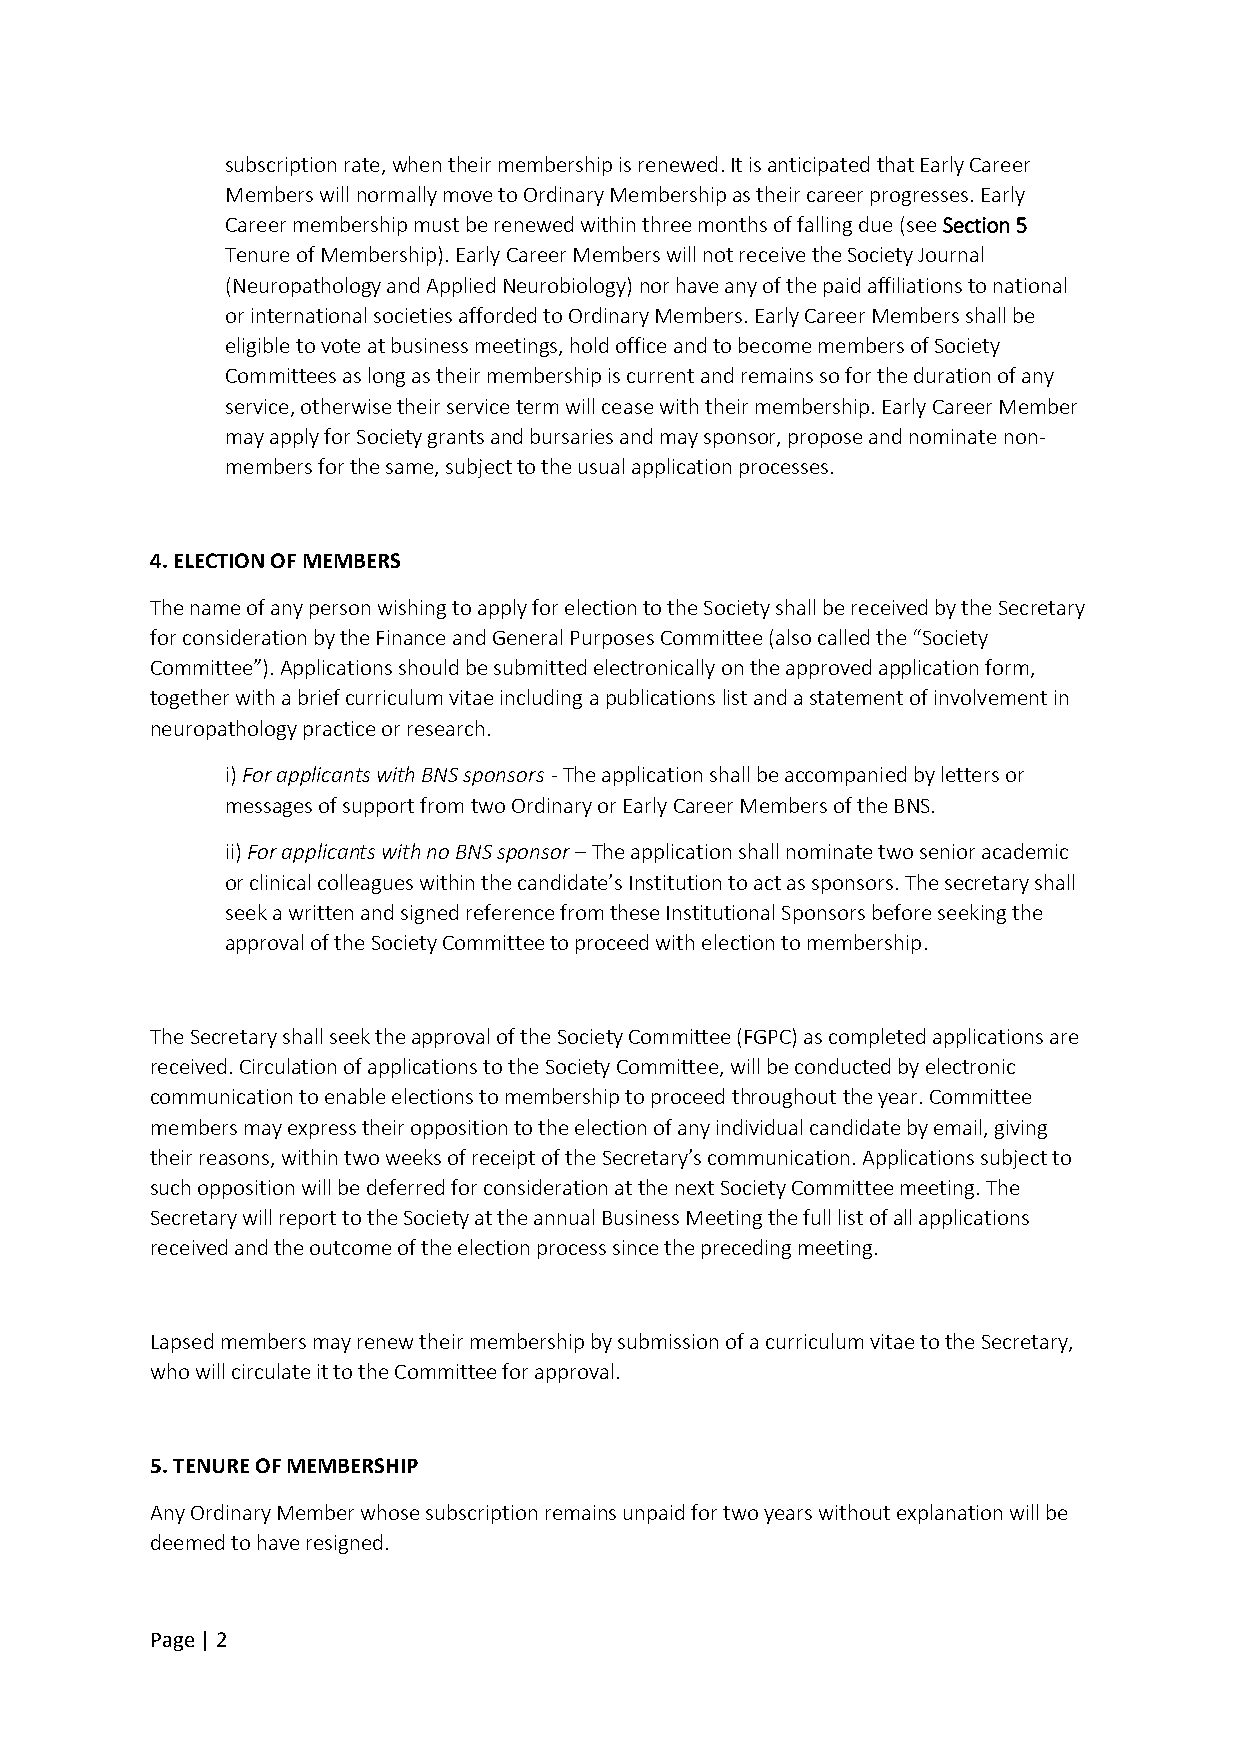
subscription rate, when their membership is renewed. It is anticipated that Early Career
 Members will normally move to Ordinary Membership as their career progresses. Early
 Career membership must be renewed within three months of falling due (see Section 5
 Tenure of Membership). Early Career Members will not receive the Society Journal
 (Neuropathology and Applied Neurobiology) nor have any of the paid affiliations to national
 or international societies afforded to Ordinary Members. Early Career Members shall be
 eligible to vote at business meetings, hold office and to become members of Society
 Committees as long as their membership is current and remains so for the duration of any
 service, otherwise their service term will cease with their membership. Early Career Member
 may apply for Society grants and bursaries and may sponsor, propose and nominate non-
 members for the same, subject to the usual application processes.
 4. ELECTION OF MEMBERS
 The name of any person wishing to apply for election to the Society shall be received by the Secretary
 for consideration by the Finance and General Purposes Committee (also called the “Society
 Committee”). Applications should be submitted electronically on the approved application form,
 together with a brief curriculum vitae including a publications list and a statement of involvement in
 neuropathology practice or research.
 i) For applicants with BNS sponsors - The application shall be accompanied by letters or
 messages of support from two Ordinary or Early Career Members of the BNS.
 ii) For applicants with no BNS sponsor – The application shall nominate two senior academic
 or clinical colleagues within the candidate’s Institution to act as sponsors. The secretary shall
 seek a written and signed reference from these Institutional Sponsors before seeking the
 approval of the Society Committee to proceed with election to membership.
 The Secretary shall seek the approval of the Society Committee (FGPC) as completed applications are
 received. Circulation of applications to the Society Committee, will be conducted by electronic
 communication to enable elections to membership to proceed throughout the year. Committee
 members may express their opposition to the election of any individual candidate by email, giving
 their reasons, within two weeks of receipt of the Secretary’s communication. Applications subject to
 such opposition will be deferred for consideration at the next Society Committee meeting. The
 Secretary will report to the Society at the annual Business Meeting the full list of all applications
 received and the outcome of the election process since the preceding meeting.
 Lapsed members may renew their membership by submission of a curriculum vitae to the Secretary,
 who will circulate it to the Committee for approval.
 5. TENURE OF MEMBERSHIP
 Any Ordinary Member whose subscription remains unpaid for two years without explanation will be
 deemed to have resigned.
 Page | 2